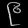
Digit: ၉